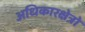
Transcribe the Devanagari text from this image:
अधिकारक्षेत्रों